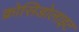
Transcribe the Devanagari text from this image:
क्रोसिडोलाइट